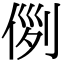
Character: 𠊖